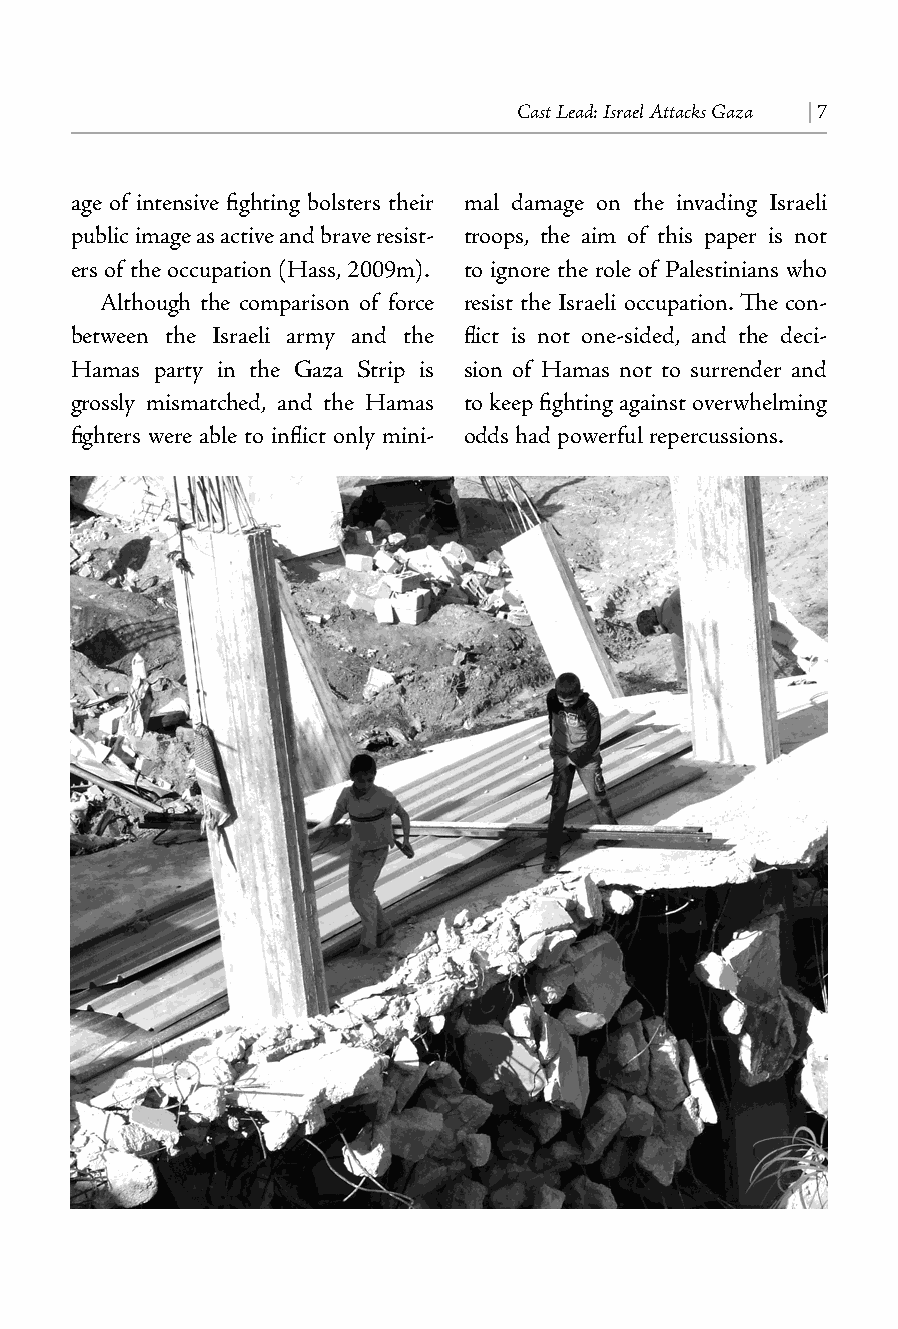
Cast Lead: Israel Attacks Gaza | 7
 age of intensive fighting bolsters their mal damage on the invading Israeli
 public image as active and brave resist- troops, the aim of this paper is not
 ers of the occupation (Hass, 2009m). to ignore the role of Palestinians who
 Although the comparison of force resist the Israeli occupation. The con-
 between the Israeli army and the flict is not one-sided, and the deci-
 Hamas party in the Gaza Strip is sion of Hamas not to surrender and
 grossly mismatched, and the Hamas to keep fighting against overwhelming
 fighters were able to inflict only mini- odds had powerful repercussions.